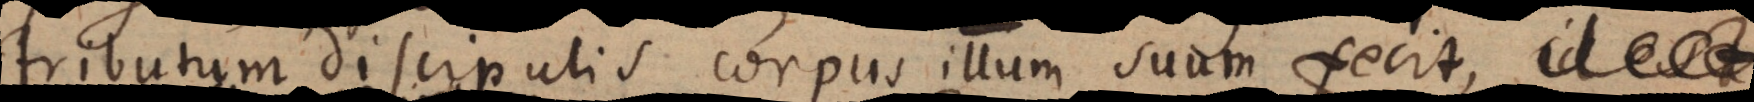
distributum discipulis corpus illum suum fecit (: